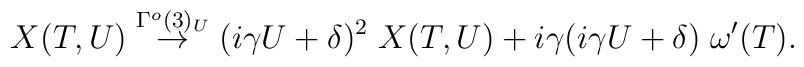
X(T,U) \stackrel{\Gamma^o(3)_{U}}{\rightarrow}(i\gamma U +\delta)^2 \;X(T,U)+ i \gamma (i\gamma U+\delta) \; \omega'(T).